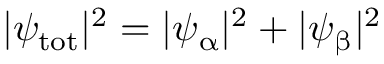
| \psi _ { \mathrm { t o t } } | ^ { 2 } = | \psi _ { \upalpha } | ^ { 2 } + | \psi _ { \upbeta } | ^ { 2 }